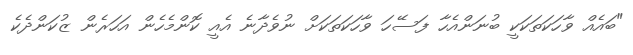
"ބައެއް ވާހަކަތަކަކީ ބުނަންއެހާ ފަސޭހަ ވާހަކަތަކަށް ނުވެދާނެ އެއީ ކޮންމެހެން އަހަރެން ޒުކަންދެކެ